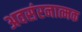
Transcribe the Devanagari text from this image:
अवसंरनात्मक